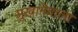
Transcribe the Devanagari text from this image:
सुखानेवाला